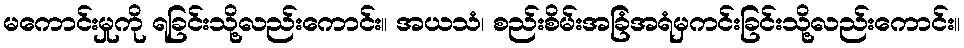
မကောင်းမှုကို ရခြင်းသို့လည်းကောင်း။ အယသံ၊ စည်းစိမ်းအခြံအရံမှကင်းခြင်းသို့လည်းကောင်း။